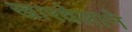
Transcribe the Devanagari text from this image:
खारवेलाने